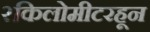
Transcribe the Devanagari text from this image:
२किलोमीटरहून